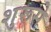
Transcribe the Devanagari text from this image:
शुरूसे